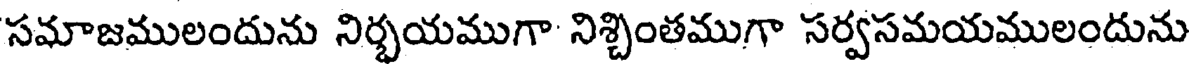
సమాజములందును నిర్భయముగా నిశ్చింతముగా సర్వసమయములందును